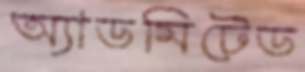
অ্যাডমিটেড